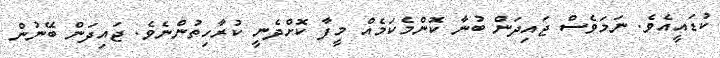
ކުޑައީއެވެ. ނަމަވެސް ޖައިދަން ބުނާ ކޮންމެކަމެއް މީފާ ކޮށްދެނީ ކުރާހިތުންނެވެ. ޖައިދަން ބޭނުން